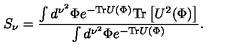
S _ { \nu } = { \frac { \int d ^ { \nu ^ { 2 } } \Phi e ^ { - \mathrm { T r } U ( \Phi ) } \mathrm { T r } \left[ U ^ { 2 } ( \Phi ) \right] } { \int d ^ { \nu ^ { 2 } } \Phi e ^ { - \mathrm { T r } U ( \Phi ) } } } .